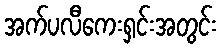
အက်ပလီကေးရှင်းအတွင်း